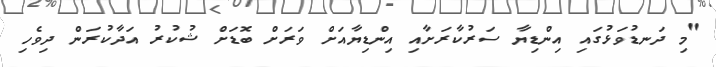
"މި ދަނޑުވަޅުގައި އިންޑިޔާ ސަރުކާރަށާއި އިންޑިޔާއަށް ވަރަށް ބޮޑަށް ޝުކުރު އަދާކުރަން ދިވެހި